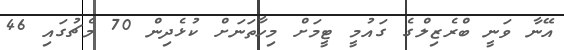
އޭނާ ވަނީ ބްރެޒިލްގެ ގައުމީ ޓީމަށް މިހާތަނަށް ކުޅެދިން 70 މެޗުގައި 46